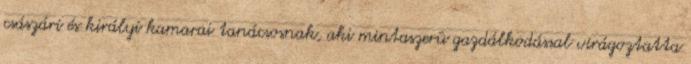
császári és királyi kamarai tanácsosnak, aki mintaszerû gazdálkodással virágoztatta